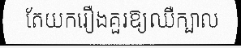
តែយករឿងគួរឱ្យឈឺក្បាល